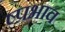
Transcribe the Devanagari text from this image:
ष्प्रभाव